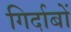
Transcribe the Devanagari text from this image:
गिर्दाबों